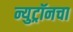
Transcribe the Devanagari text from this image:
न्युट्रॉनचा